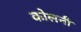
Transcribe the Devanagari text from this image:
कोलनी